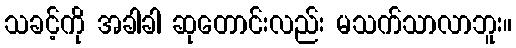
သခင့်ကို အခါခါ ဆုတောင်းလည်း မသက်သာလာဘူး။